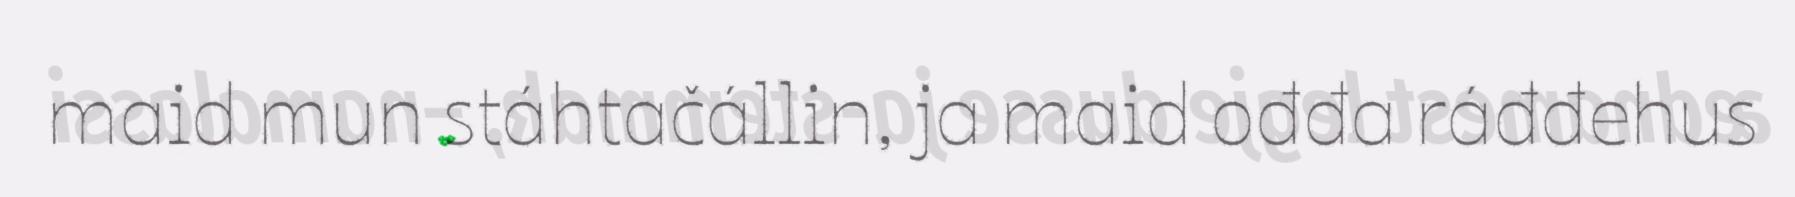
maid mun stáhtačállin, ja maid ođđa ráđđehus